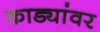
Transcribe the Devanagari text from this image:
काड्यांवर